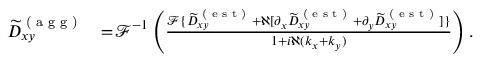
\begin{array} { r l } { \widetilde { D } _ { x y } ^ { \textrm { ( a g g ) } } } & { = \! \mathcal { F } ^ { - 1 } \left( \frac { \mathcal { F } \{ \widetilde { D } _ { x y } ^ { \textrm { ( e s t ) } } + \aleph [ \partial _ { x } \widetilde { D } _ { x y } ^ { \textrm { ( e s t ) } } + \partial _ { y } \widetilde { D } _ { x y } ^ { \textrm { ( e s t ) } } ] \} } { 1 + i \aleph ( k _ { x } + k _ { y } ) } \right) . } \end{array}